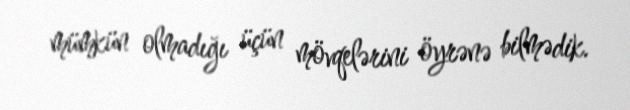
mümkün olmadığı üçün mövqelərini öyrənə bilmədik.